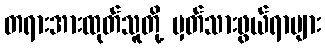
တရားအားထုတ်သူတို့ မှတ်သားဖွယ်ရာများ